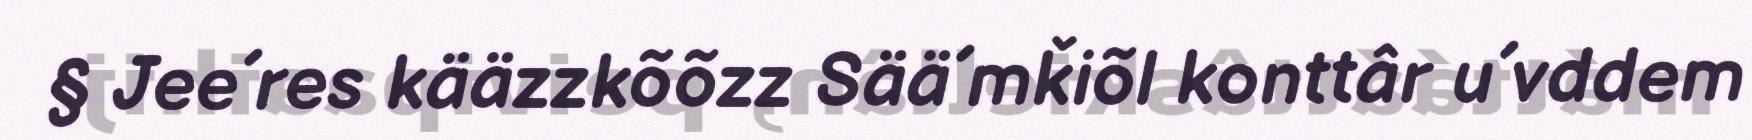
§ Jee´res kääzzkõõzz Sää´mǩiõl konttâr u´vddem